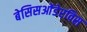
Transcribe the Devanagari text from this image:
बेसिसओंडेरविस